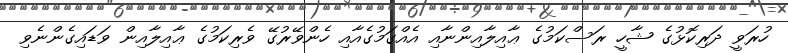
ހުރަވީ ދަރިކޮޅުގެ ޝާހީ ރަސްކަމުގެ ޢާއިލާއިންނާއި އެއްގަމުގެއާއި ހެންވޭރުގޭ ވެރިކަމުގެ ޢާއިލާއިން ވަޑައިގެންނެވި